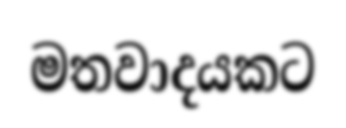
මතවාදයකට